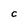
Character: C